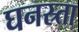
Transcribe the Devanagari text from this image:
घनस्र्ता